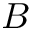
B